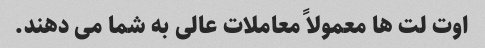
اوت لت ها معمولاً معاملات عالی به شما می دهند.